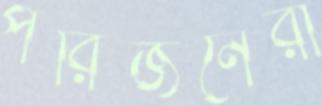
পরিজনেরা